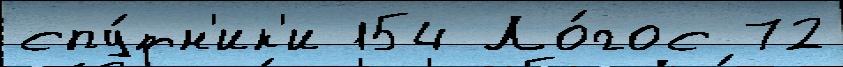
спу́тн'ик'и 154 Ло́гос 72